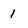
Character: l